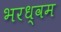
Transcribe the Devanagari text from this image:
भरध्वम